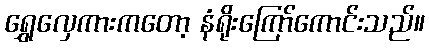
ရွှေလှေကားကတော့ နံရိုးကြော်ကောင်းသည်။